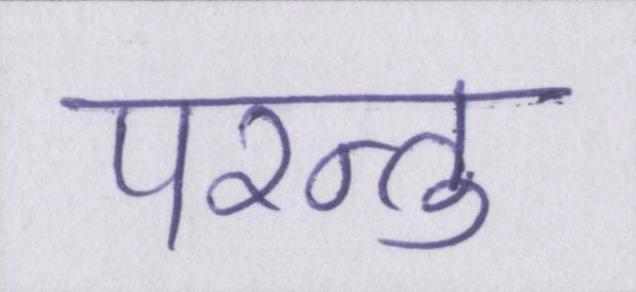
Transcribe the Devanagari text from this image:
परन्तु